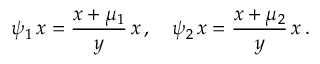
\psi _ { 1 } \, \d x = { \frac { x + \mu _ { 1 } } { y } } \, \d x \, , \quad \psi _ { 2 } \, \d x = { \frac { x + \mu _ { 2 } } { y } } \, \d x \, .